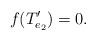
LaTeX: \begin{align*}f(T'_{e_2})=0. \end{align*}